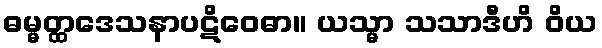
ဓမ္မတ္ထဒေသနာပဋိဝေဓာ။ ယသ္မာ သသာဒီဟိ ဝိယ